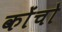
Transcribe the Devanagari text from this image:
कोंचो